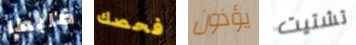
ضابطا فحصك يؤذون تشتيت